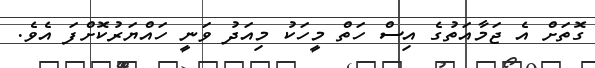
ގޮތަށް އެ ޖަމާއަތުގެ އިސް ހަތް މީހަކު މިއަދު ވަނީ ހައްޔަރުކޮށްފަ އެވެ.